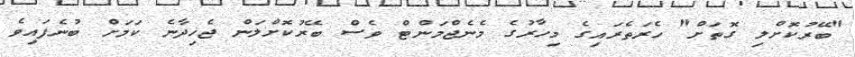
"ބޭރުކޮށްލި ގޮތަށް" ހެރަތެރައިގެ މިހާރުގެ މެނެޖްމަންޓް ވެސް ބޭރުކޮށްލަން ޖެހިދާނެ ކަމަށް ބުނެފައިވެ